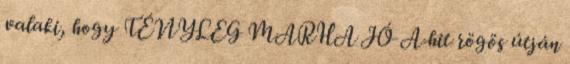
valaki, hogy TÉNYLEG MARHA JÓ A hit rögös útján